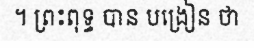
។ ព្រះពុទ្ធ បាន បង្រៀន ថា